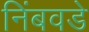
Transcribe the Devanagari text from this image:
निंबवडे